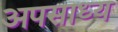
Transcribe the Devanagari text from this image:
अपसाध्य